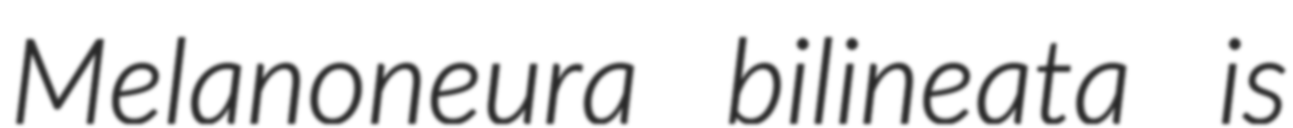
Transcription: Melanoneura bilineata is